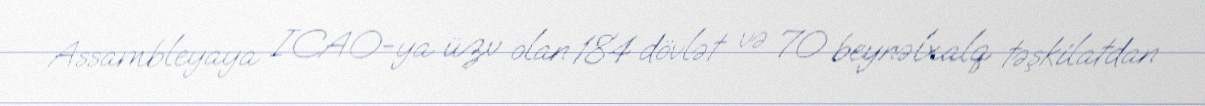
Assambleyaya ICAO-ya üzv olan 184 dövlət və 70 beynəlxalq təşkilatdan